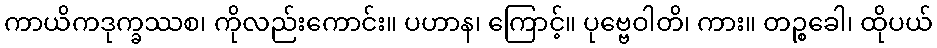
ကာယိကဒုက္ခဿစ၊ ကိုလည်းကောင်း။ ပဟာန၊ ကြောင့်။ ပုဗ္ဗေဝါတိ၊ ကား။ တဉ္စခေါ၊ ထိုပယ်